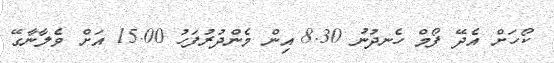
ކޯހަށް އެދޭ ފޯމް ހެނދުނު 8.30 އިން މެންދުރުފަހު 15.00 އަށް ވެލާނާގޭ